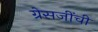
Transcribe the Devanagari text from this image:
ग्रेसजींची